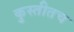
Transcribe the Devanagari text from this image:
कुस्तीतच